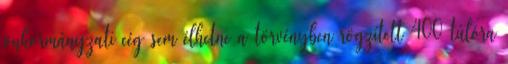
önkormányzati cég sem élhetne a törvényben rögzített 400 túlóra